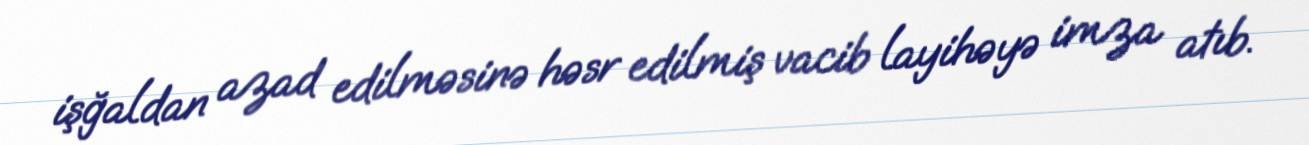
işğaldan azad edilməsinə həsr edilmiş vacib layihəyə imza atıb.